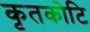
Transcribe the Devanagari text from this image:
कृतकोटि